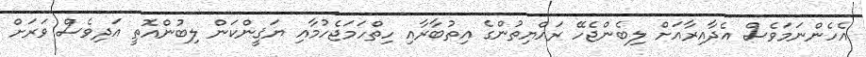
އެހެންނަމަވެސް އެދާއިރާއަށް ލިބެންޖެހޭ ރައްޔިތުންގެ އިތުބާރާއި ހިތްހަމަޖެހުމާއި ޔަޤީންކަން ލިބުންއޮތީ އަދިވެސް ވަރަށް